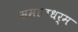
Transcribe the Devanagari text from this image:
समाजधर्म